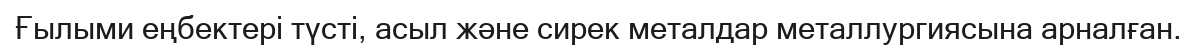
Ғылыми еңбектері түсті, асыл және сирек металдар металлургиясына арналған.